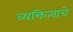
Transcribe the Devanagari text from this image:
व्यक्तित्वाचे